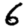
Digit: 6